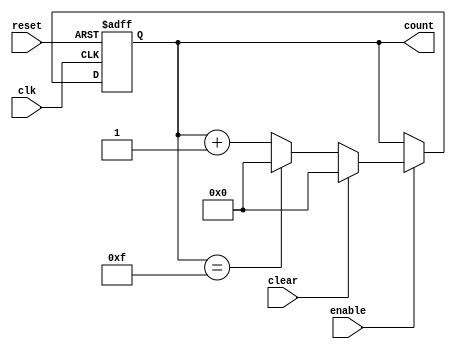
module BinaryCounter (
    input wire clk,
    input wire reset,
    input wire enable,
    input wire clear,
    output reg [3:0] count
);

always @ (posedge clk or posedge reset)
begin
    if (reset)
        count <= 4'b0000;
    else if (enable)
    begin
        if (clear)
            count <= 4'b0000;
        else
        begin
            if (count == 4'b1111)
                count <= 4'b0000;
            else
                count <= count + 4'b0001;
        end
    end
end

endmodule